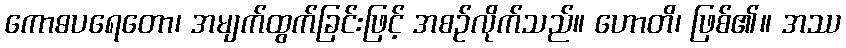
ကောဓပရေတော၊ အမျက်ထွက်ခြင်းဖြင့် အစဉ်လိုက်သည်။ ဟောတိ၊ ဖြစ်၏။ အဿ